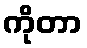
ကိုတာ